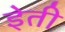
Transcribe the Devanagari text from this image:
इेती